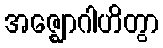
အဇ္ဈောဂါဟိတွာ